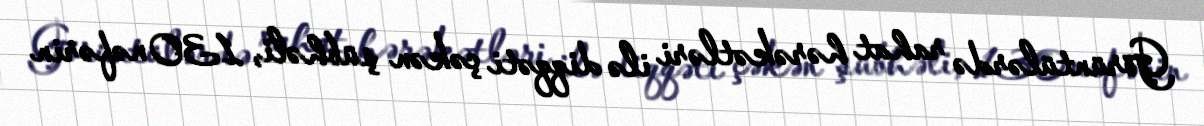
Görüntülərdə rahat hərəkətləri ilə diqqəti çəkən şübhəli, 130 nəfərin